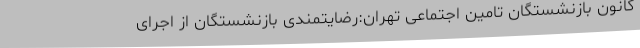
کانون بازنشستگان تامین اجتماعی تهران:رضایتمندی بازنشستگان از اجرای